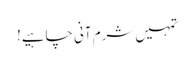
تمہیں شرم آنی چاہیے!